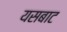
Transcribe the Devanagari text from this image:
यसबाट